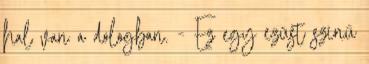
hal van a dologban. - Ez egy ezüst színű